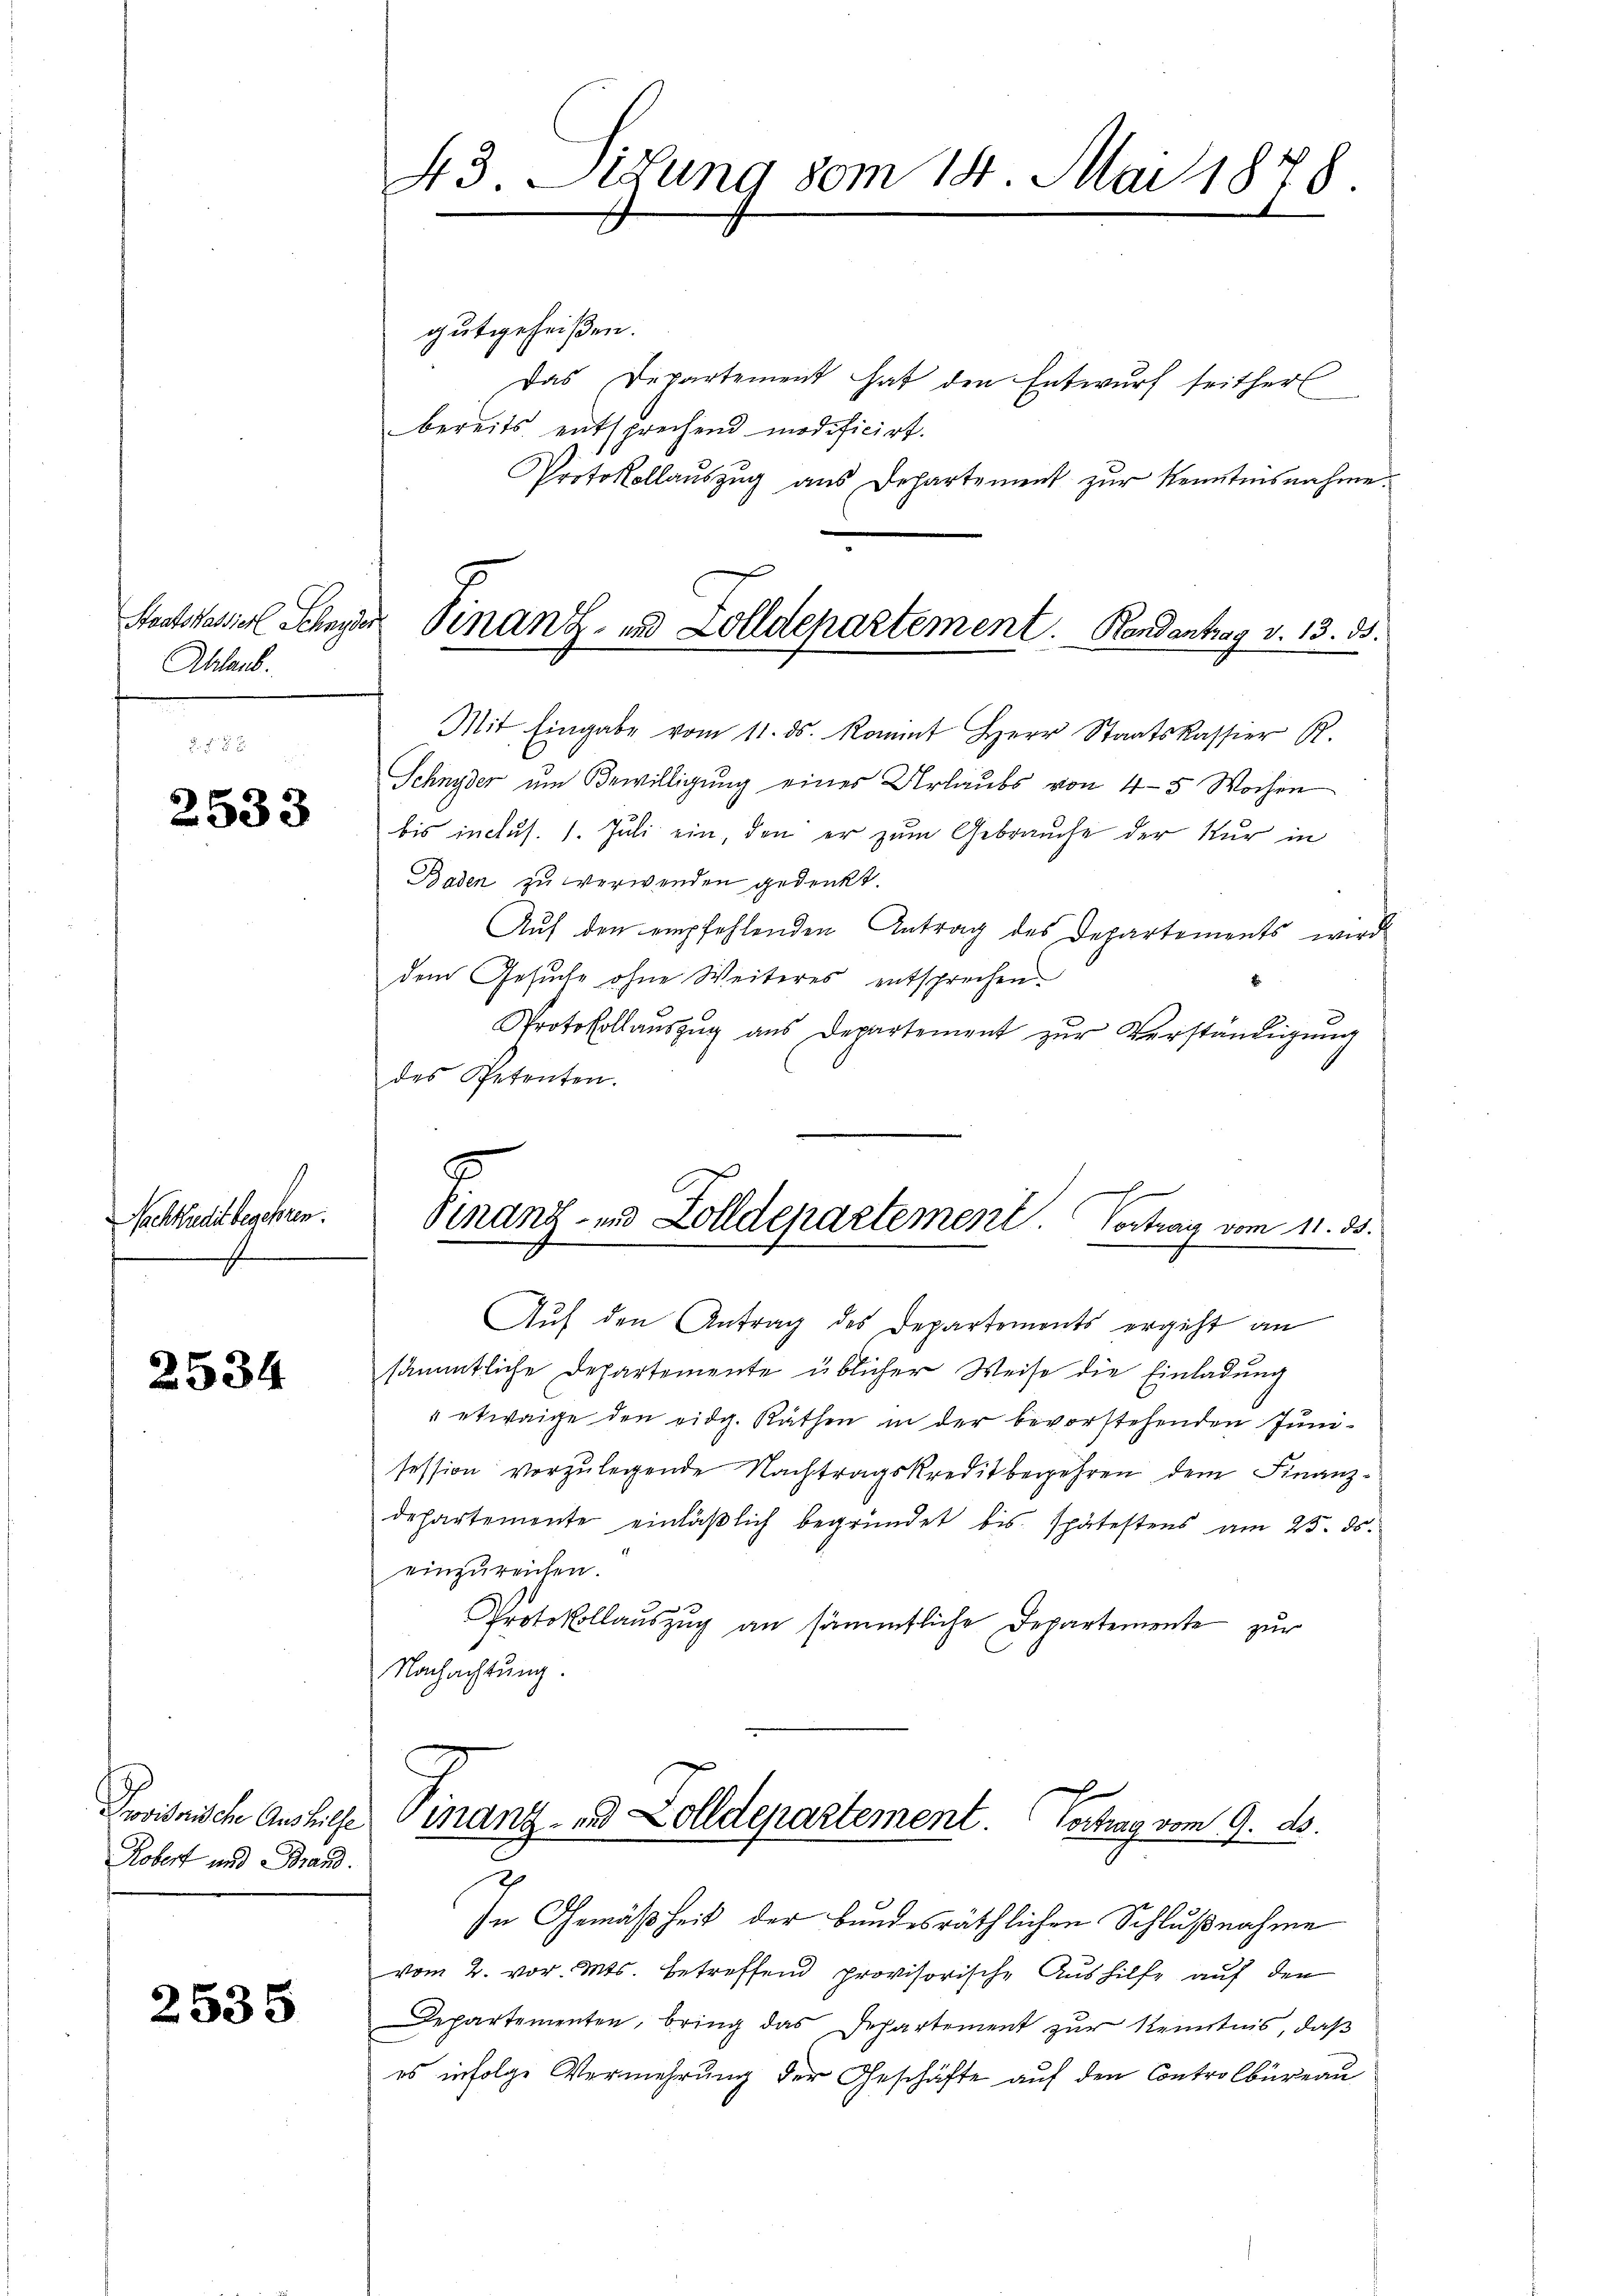
Ablaub.

2533

Nachtbucht begehren.

2534

Provisnische Aushilfe
Kobert und Brand.

2535

43. Situng vom 14. Mai 1878.

gutgeheißen.
Das Departement hat den Entwurf seitherl
bereits entsprechend modificirt.
Protokollauszug aus Departement zŭr Kenntnisnahme.
Mit Eingabe vom 11. ds. Komit Herr Staatskassier R.
Schnyder um Bewilligung eines Urlaubs von 4-5 Wochen
bis inclus. 1. Juli ein, den er zum Gebrauche der Nur in
Baden zu verwenden gedenkt.
Auf den empfehlenden Antrag des Departements wird
dem Gesuche ohne Weiteres entsprechen.
Protokollaŭszŭg ans Departement zŭr Verständigŭng
des Petenten.
Finanz- und Zolldepartement. Contrag vom 11. ds.
Aŭf den Antrag des Departements ergeht an
sämmtliche Departemente üblicher Weise die Einladung
" etwaige den eidg. Räthen in der bevorstehenden Junisession vorzulegende Nachtragskreditbegehren dem Finanzdepartemente einläßlich begründet bis spätestens am 25. ds.
einzureichen.
Protokollauszug an sämmtliche Departemente zur
Nachachtung.

Santasier Schner Finanz- und Zolldepartement.   Rondantag v. 13. 35.

Finanz- und Zolldepartement. Vortrag vom 9. ds.
2

In Gemäßheit der bundesräthlichen Schlußnahme
vom 2. vor. Mts. betreffend provisorische Aushilfe auf den
Departementen, bring das Departement zur Kenntnis, daß
es infolge Vermehrung der Geschäfte auf den Controlbureau